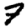
Digit: 7